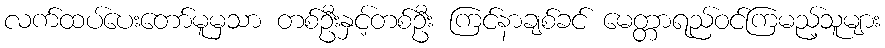
လက်ထပ်ပေးတော်မူမှသာ တစ်ဦးနှင့်တစ်ဦး ကြင်နာချစ်ခင် မေတ္တာရည်ဝင်ကြမည့်သူများ